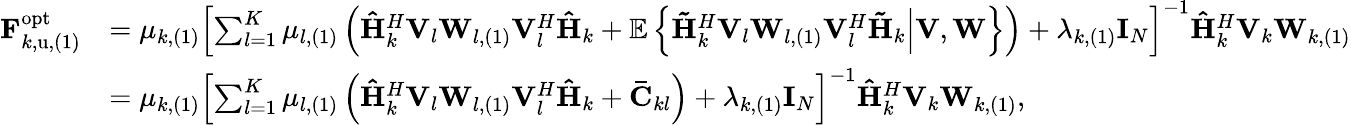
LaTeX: \begin{array}{rl}{\mathbf{F}_{k,\mathrm{u},(1)}^{\mathrm{opt}}}&{=\mu_{k,(1)}\left[\sum_{l=1}^{K}{\mu_{l,(1)}\left(\mathbf{\hat{H}}_{k}^{H}\mathbf{V}_{l}\mathbf{W}_{l,(1)}\mathbf{V}_{l}^{H}\mathbf{\hat{H}}_{k}+\mathbb{E}\left\{ \left.\mathbf{\tilde{H}}_{k}^{H}\mathbf{V}_{l}\mathbf{W}_{l,(1)}\mathbf{V}_{l}^{H}\mathbf{\tilde{H}}_{k}\right|\mathbf{V},\mathbf{W}\right\} \right)}+\lambda_{k,(1)}\mathbf{I}_{N}\right]^{-1}\mathbf{\hat{H}}_{k}^{H}\mathbf{V}_{k}\mathbf{W}_{k,(1)}}\\ &{=\mu_{k,(1)}\left[\sum_{l=1}^{K}{\mu_{l,(1)}\left(\mathbf{\hat{H}}_{k}^{H}\mathbf{V}_{l}\mathbf{W}_{l,(1)}\mathbf{V}_{l}^{H}\mathbf{\hat{H}}_{k}+\mathbf{\bar{C}}_{kl}\right)}+\lambda_{k,(1)}\mathbf{I}_{N}\right]^{-1}\mathbf{\hat{H}}_{k}^{H}\mathbf{V}_{k}\mathbf{W}_{k,(1)},}\end{array}